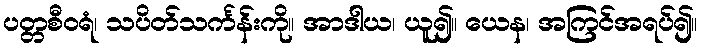
ပတ္တစီဝရံ၊ သပိတ်သင်္ကန်းကို။ အာဒါယ၊ ယူ၍။ ယေန၊ အကြင်အရပ်၍။